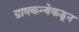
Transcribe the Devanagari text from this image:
ग्रामकन्येकडून